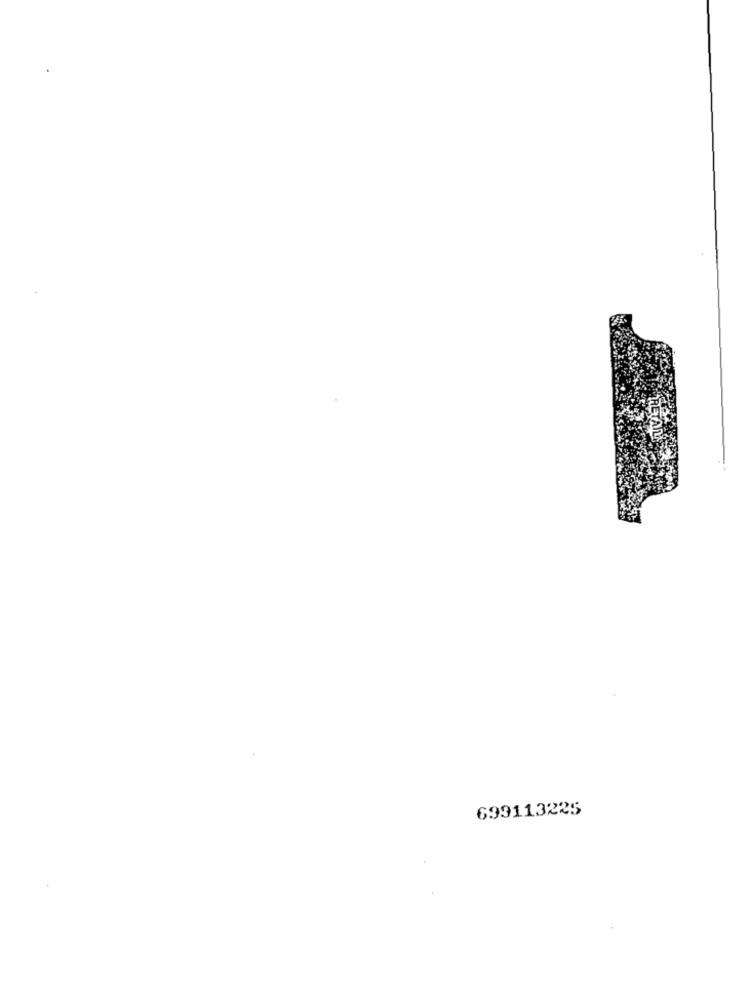
699113225